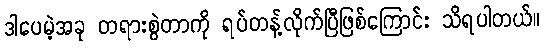
ဒါပေမဲ့အခု တရားစွဲတာကို ရပ်တန့်လိုက်ပြီဖြစ်ကြောင်း သိရပါတယ်။